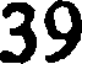
39